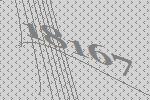
18167